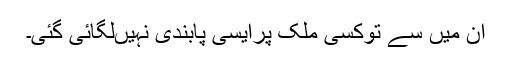
ان میں سے توکسی ملک پرایسی پابندی نہیںلگائی گئی۔